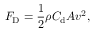
F _ { \mathrm { D } } = { \frac { 1 } { 2 } } \rho C _ { \mathrm { d } } A v ^ { 2 } ,